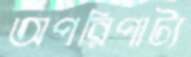
অপরিপাট্য